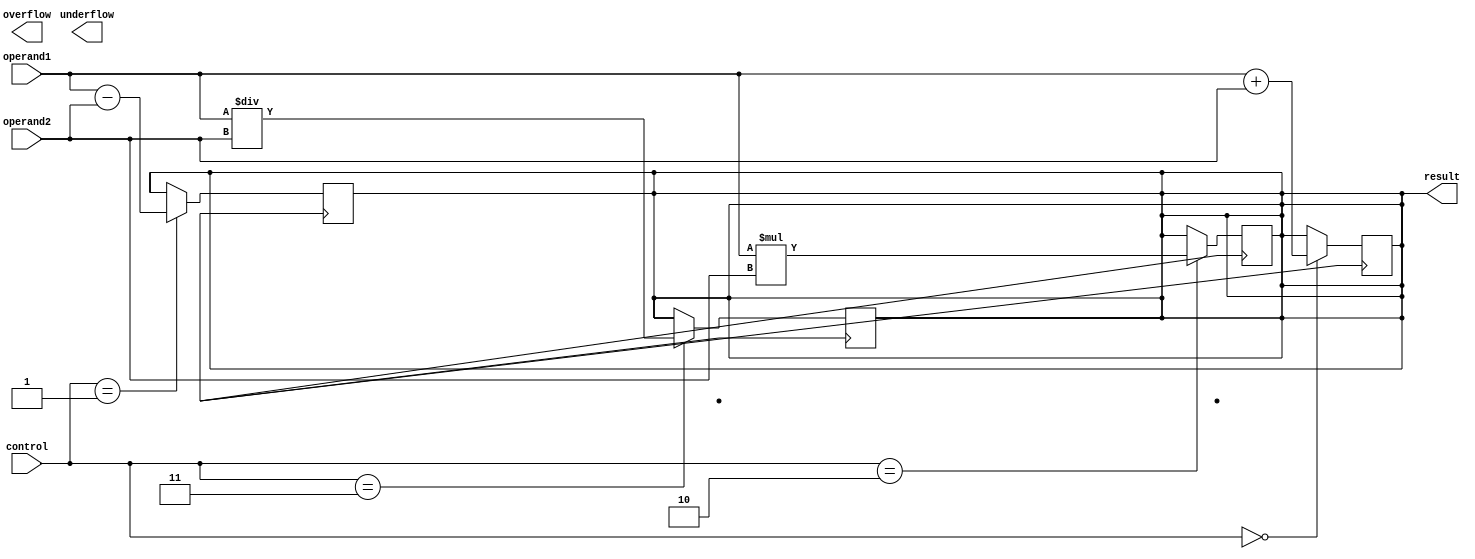
module half_precision_fpu (
    input [15:0] operand1,
    input [15:0] operand2,
    input [2:0] control,
    output reg [15:0] result,
    output reg overflow,
    output reg underflow
);

// Adder block
always @ (posedge clk)
begin
    if (control == 3'b000) // Addition
        result <= operand1 + operand2;
end

// Subtractor block
always @ (posedge clk)
begin
    if (control == 3'b001) // Subtraction
        result <= operand1 - operand2;
end

// Multiplier block
always @ (posedge clk)
begin
    if (control == 3'b010) // Multiplication
        result <= operand1 * operand2;
end

// Divider block
always @ (posedge clk)
begin
    if (control == 3'b011) // Division
        result <= operand1 / operand2;
end

// Rounding block
always @ (posedge clk)
begin
    // Implementation of rounding logic
end

// Normalization block
always @ (posedge clk)
begin
    // Implementation of normalization logic
end

// Special cases handling block
always @ (posedge clk)
begin
    // Implementation of special cases handling logic
end

// Overflow and underflow detection
always @ (posedge clk)
begin
    // Implementation of overflow and underflow detection logic
end

endmodule